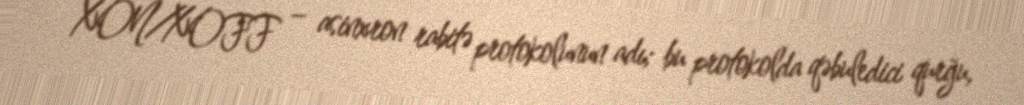
XON/XOFF – asinxron rabitə protokolunun adı; bu protokolda qəbuledici qurğu,